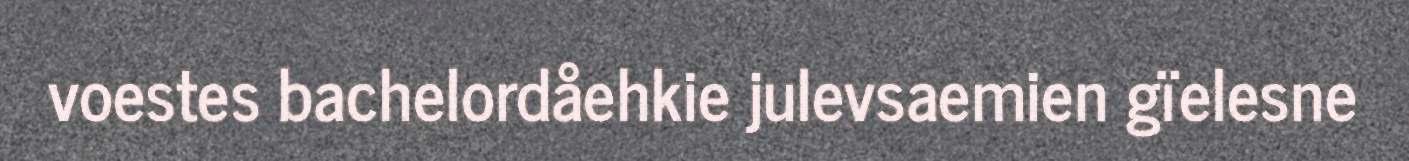
voestes bachelordåehkie julevsaemien gïelesne